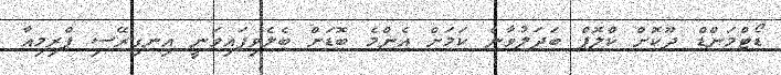
ޑޯޓްމަންޑް ދޫކޮށް ކްލޮޕް ބަދަލުވާނެ ކަމަށް އެންމެ ބޮޑަށް ބެލެވިފައިވަނީ އިނގިރޭސި ޕްރިމިއާ